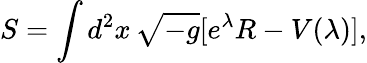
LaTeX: S=\int d^{2}x\, \sqrt{-g}[e^{\lambda}R-V(\lambda)],